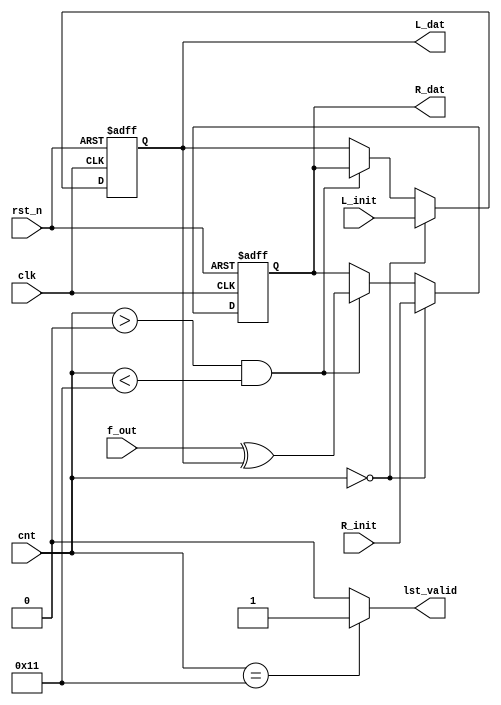
`timescale 1ns / 1ps
//////////////////////////////////////////////////////////////////////////////////
// Company: 
// Engineer: 
// 
// Design Name: 
// Module Name: mux
// Project Name: 
// Target Devices: 
// Tool Versions: 
// Description: 
// 
// Dependencies: 
// 
// Revision:
// Revision 0.01 - File Created
// Additional Comments:
// 
//////////////////////////////////////////////////////////////////////////////////


module mux(
    input             clk,
    input             rst_n,
    input      [31:0] f_out,
    input      [31:0] L_init,
    input      [31:0] R_init,
    input      [4:0]  cnt,
    output reg [31:0] R_dat,
    output reg [31:0] L_dat,
    output            lst_valid
    );

wire lst_valid_d;

//R0 L017
always @(posedge clk or negedge rst_n) begin
    if (rst_n == 1'b0) begin
        R_dat <= 'd0;
        L_dat <= 'd0;
    end
    else begin
        if (cnt == 'd0) begin
            R_dat <= R_init;
            L_dat  <= L_init;
        end
        else if (cnt > 'd0 && cnt < 'd17) begin
            R_dat <= f_out ^ L_dat;
            L_dat <= R_dat;
        end
        else begin
            R_dat <= R_dat;
            L_dat <= L_dat;
        end
    end
end

assign lst_valid = (cnt == 'd17) ? 1'b1 : 1'b0;

// always @(posedge clk) begin
//     lst_valid <= lst_valid_d;
// end

endmodule